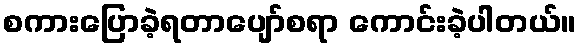
စကားပြောခဲ့ရတာပျော်စရာ ကောင်းခဲ့ပါတယ်။